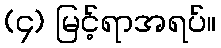
(၄) မြင့်ရာအရပ်။